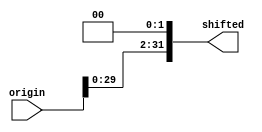
`timescale 1ns / 1ps
module SLL2(origin, shifted);
input[31:0] origin;
output[31:0] shifted;
	assign shifted = {origin[29:0], {2{1'b0}}};

endmodule